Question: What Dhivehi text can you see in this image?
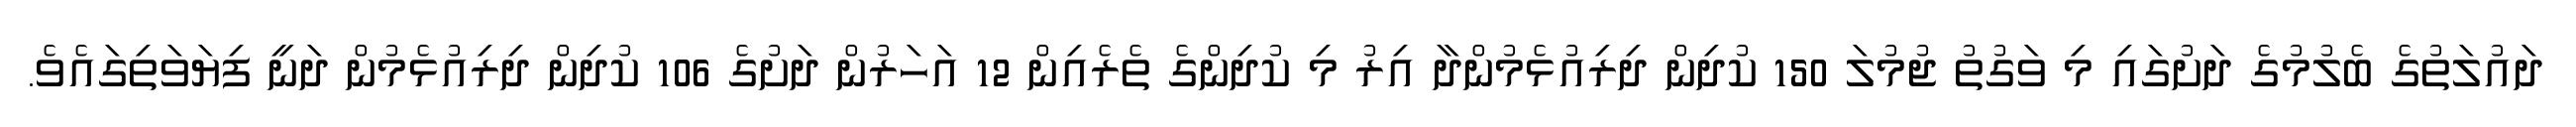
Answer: ދައުލަތުގެ ބެލުމުގެ ދަށުގައި މި ވަގުތު ޖުމުލަ 150 ކުދިން ދިރިއުޅެމުންދާ އިރު މި ކުދިންގެ ތެރެއިން 12 އަހަރުން ދަށުގެ 106 ކުދިން ދިރިއުޅެމުން ދަނީ ފިޔަވަތިގައެވެ.